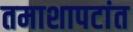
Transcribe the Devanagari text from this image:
तमाशापटांत